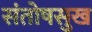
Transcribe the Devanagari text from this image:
संतोषसुख